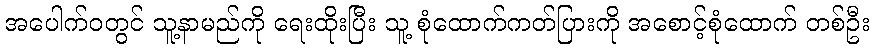
အပေါက်ဝတွင် သူ့နာမည်ကို ရေးထိုးပြီး သူ့ စုံထောက်ကတ်ပြားကို အစောင့်စုံထောက် တစ်ဦး